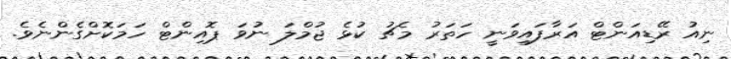
ނިއު ރޭޑިއަންޓް އަރާފައިވަނީ ހަތަރު މެޗު ކުޅެ ޖުމްލަ ނުވަ ޕޮއިންޓް ހަމަކޮށްގެންނެވެ.